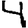
Digit: 4